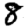
Digit: 8